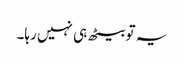
یہ تو بیٹھ ہی نہیں رہا۔